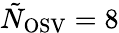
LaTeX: \tilde{N}_{\mathrm{OSV}}=8